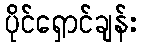
ပိုင်ရှောင်ချန်း